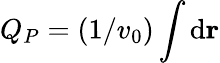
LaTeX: Q_{P}=(1/v_{0})\int\mathrm{d}{\mathbf r}